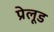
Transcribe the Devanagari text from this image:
प्रेलूड